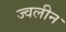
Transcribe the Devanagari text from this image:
ज्वलीन